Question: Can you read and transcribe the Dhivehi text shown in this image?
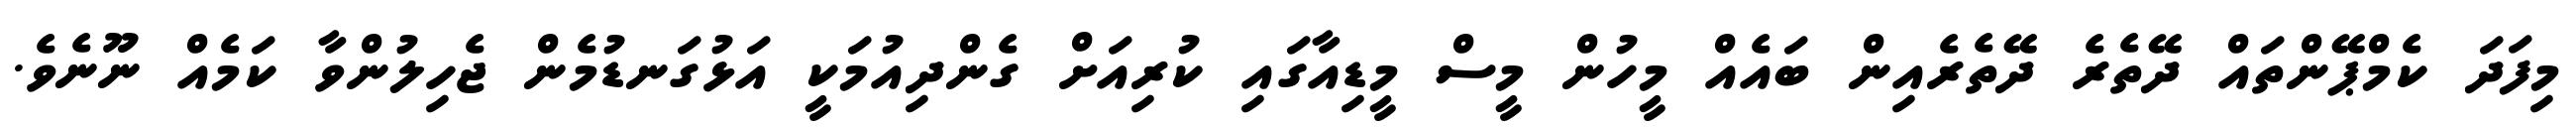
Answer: މިފަދަ ކެމްޕޭންތައް ދޭތެރެ ދޭތެރެއިން ބައެއް މީހުން މީސް މީޑިއާގައި ކުރިއަށް ގެންދިއުމަކީ އަޅުގަނޑުމެން ޖެހިލުންވާ ކަމެއް ނޫނެވެ.